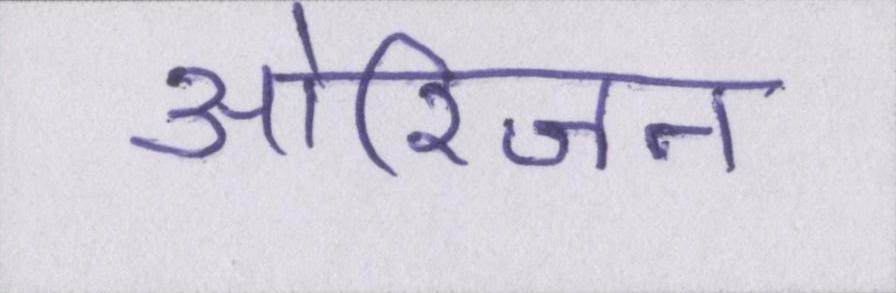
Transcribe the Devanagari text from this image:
ओरिजन